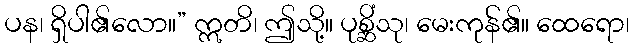
ပန၊ ရှိပါ၏လော။” ဣတိ၊ ဤသို့။ ပုစ္ဆိံသု၊ မေးကုန်၏။ ထေရော၊